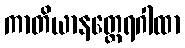
ကာတိယာနတ္ထေရဂါထာ